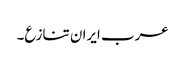
عرب ایران تنازع۔